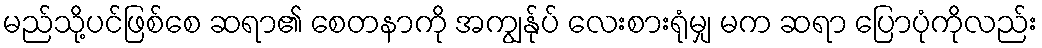
မည်သို့ပင်ဖြစ်စေ ဆရာ၏ စေတနာကို အကျွန်ုပ် လေးစားရုံမျှ မက ဆရာ ပြောပုံကိုလည်း